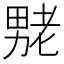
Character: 𫦶